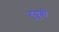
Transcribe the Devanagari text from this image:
गुयूबी